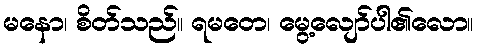
မနော၊ စိတ်သည်။ ရမတေ၊ မွေ့လျော်ပါ၏လော။